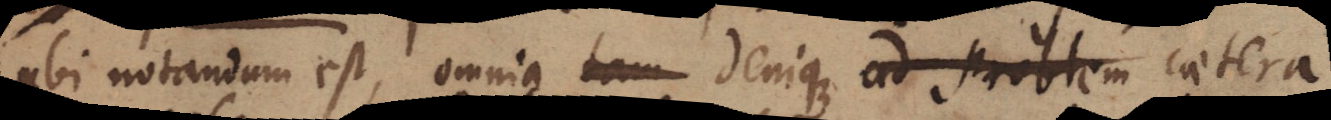
ubi notandum est, omnia tam denique ad problem caetera